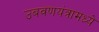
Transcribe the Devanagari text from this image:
उबवणयंत्रामध्ये